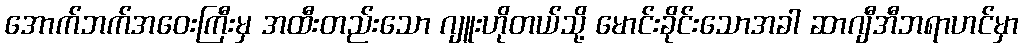
အောက်ဘက်အဝေးကြီးမှ အထီးတည်းသော ဂျူးဟိုတယ်သို့ မောင်းခိုင်းသောအခါ ဆာဂျီအီဘရာဟင်မှာ